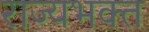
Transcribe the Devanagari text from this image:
राज्यभक्त